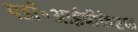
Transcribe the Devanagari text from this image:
पडॉ॰आईपीकेएफ